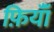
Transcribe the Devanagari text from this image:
फ़ियॉँ